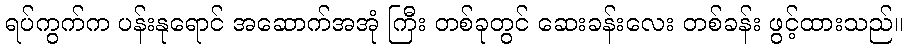
ရပ်ကွက်က ပန်းနုရောင် အဆောက်အအုံ ကြီး တစ်ခုတွင် ဆေးခန်းလေး တစ်ခန်း ဖွင့်ထားသည်။